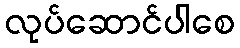
လုပ်ဆောင်ပါစေ